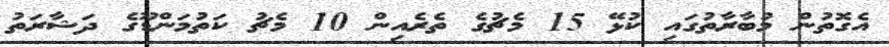
އެގޮތުން މުބާރާތުގައި ކުޅޭ 15 މެޗުގެ ތެރެއިން 10 މެޗު ކަތުމަންޑޫގެ ދަޝާރަތު